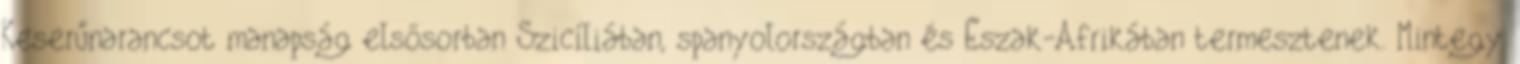
Keserűnarancsot manapság elsősorban Szicíliában, spanyolországban és Észak-Afrikában termesztenek. Mintegy